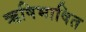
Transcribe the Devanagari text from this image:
ऋषिभाषित